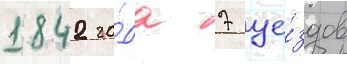
1842 го́да 7 уе́здов